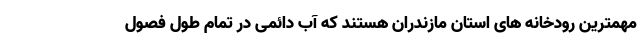
مهمترین رودخانه های استان مازندران هستند که آب دائمی در تمام طول فصول